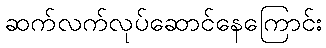
ဆက်လက်လုပ်ဆောင်နေကြောင်း